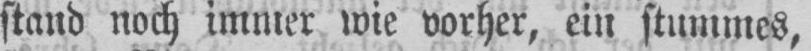
stand noch immer wie vorher, ein stummes,